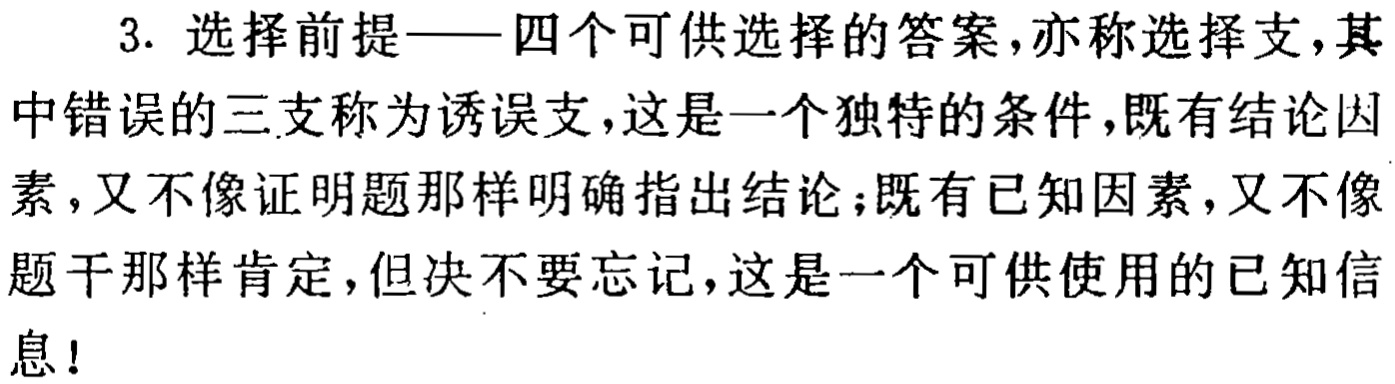
3. 选择前提——四个可供选择的答案,亦称选择支,其中错误的三支称为诱误支,这是一个独特的条件,既有结论因素,又不像证明题那样明确指出结论;既有已知因素,又不像题干那样肯定,但决不要忘记,这是一个可供使用的已知信息!